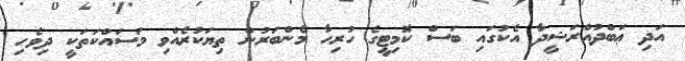
އަދި ޢަބްދުއްރަޝީދާ އެކުގައި ބަސް ކޮމިޓީގެ ހުރިހާ މެންބަރުން ތިޔަކުރެއްވި މަސައްކަތަކީ ދިވެހި